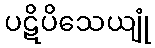
ပဋိပိသေယျုံ